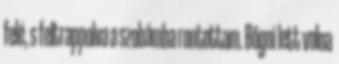
felé, s feltrappolva a szobámba rontottam. Bőgni lett volna